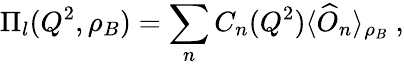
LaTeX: \Pi_{l}(Q^{2},\rho_{B})=\sum_{n}C_{n}(Q^{2})\langle\widehat{O}_{n}\rangle_{\rho_{B}}\ ,